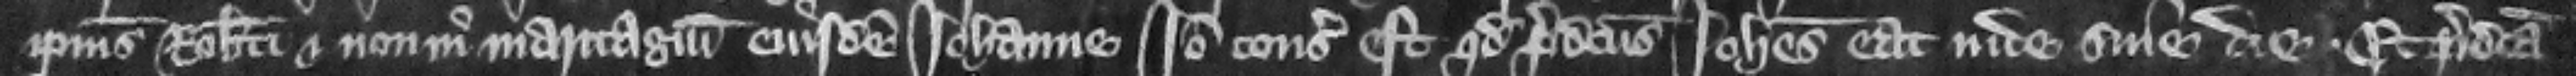
ipsius Roberti et non in maritagium eiusdem Iohanne. Ideo consideratum est quod predictus Iohannes eat inde sine die. Et predicta